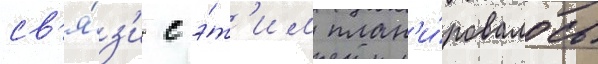
св'я́з'и с э́т'им план'и́ровалось